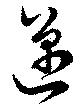
邁